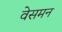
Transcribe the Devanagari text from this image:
वेसमन